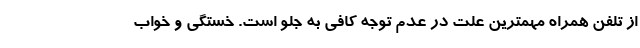
از تلفن همراه مهمترین علت در عدم توجه کافی به جلو است. خستگی و خواب